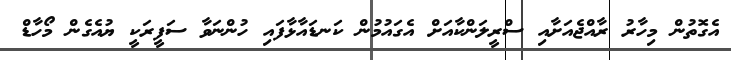
އެގޮތުން މިހާރު ރާއްޖެއަށާއި ސްރީލަންކާއަށް އެގައުމުން ކަނޑައާޅާފައި ހުންނަވާ ސަފީރަކީ ޔުއެގެން މޯހާޑް